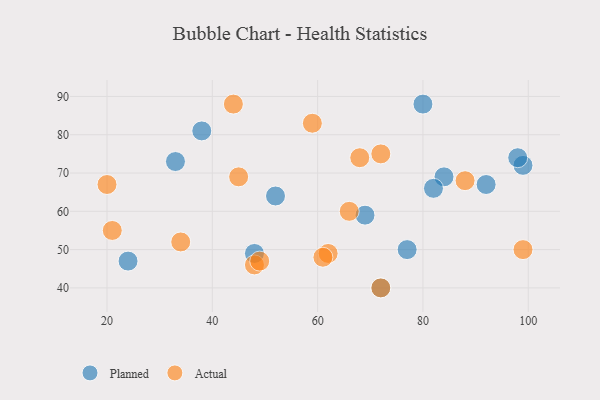
{"axis": {"x": "GDP", "y": "Life Expectancy"}, "legend": ["Actual", "Planned"], "data": [{"x": "72", "y": 40, "type": "Planned"}, {"x": "52", "y": 64, "type": "Planned"}, {"x": "92", "y": 67, "type": "Planned"}, {"x": "99", "y": 72, "type": "Planned"}, {"x": "69", "y": 59, "type": "Planned"}, {"x": "38", "y": 81, "type": "Planned"}, {"x": "24", "y": 47, "type": "Planned"}, {"x": "48", "y": 49, "type": "Planned"}, {"x": "33", "y": 73, "type": "Planned"}, {"x": "84", "y": 69, "type": "Planned"}, {"x": "82", "y": 66, "type": "Planned"}, {"x": "80", "y": 88, "type": "Planned"}, {"x": "98", "y": 74, "type": "Planned"}, {"x": "77", "y": 50, "type": "Planned"}, {"x": "62", "y": 49, "type": "Actual"}, {"x": "72", "y": 40, "type": "Actual"}, {"x": "72", "y": 75, "type": "Actual"}, {"x": "34", "y": 52, "type": "Actual"}, {"x": "99", "y": 50, "type": "Actual"}, {"x": "88", "y": 68, "type": "Actual"}, {"x": "66", "y": 60, "type": "Actual"}, {"x": "48", "y": 46, "type": "Actual"}, {"x": "21", "y": 55, "type": "Actual"}, {"x": "44", "y": 88, "type": "Actual"}, {"x": "20", "y": 67, "type": "Actual"}, {"x": "68", "y": 74, "type": "Actual"}, {"x": "45", "y": 69, "type": "Actual"}, {"x": "59", "y": 83, "type": "Actual"}, {"x": "61", "y": 48, "type": "Actual"}, {"x": "49", "y": 47, "type": "Actual"}]}